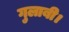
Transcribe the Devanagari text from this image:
गुलाबी।